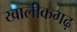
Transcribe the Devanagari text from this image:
खालीकगढ़